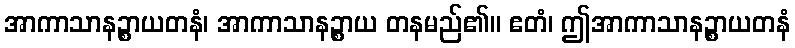
အာကာသာနဉ္စာယတနံ၊ အာကာသာနဉ္စာယ တနမည်၏။ ဧတံ၊ ဤအာကာသာနဉ္စာယတနံ